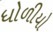
ધોળીયો